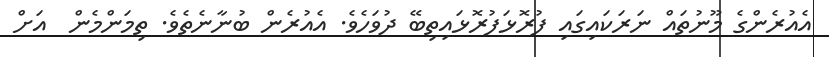
އެއުރެންގެ މޫނުތައް ނަރަކައިގައި ފުރޮޅަފުރޮޅައިތިބޭ ދުވަހެވެ. އެއުރެން ބުނާނެތެވެ. ތިމަންމެން  އަށް